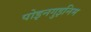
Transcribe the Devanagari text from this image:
पोइनगुइनिम